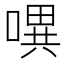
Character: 𭊈